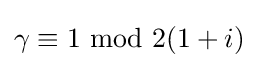
\gamma \equiv 1\,\operatorname {mod} \,2(1+i)